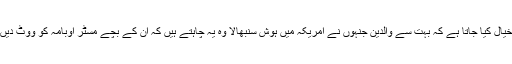
خیال کیا جاتا ہے کہ بہت سے والدین جنہوں نے امریکہ میں ہوش سنبھالا وہ یہ چاہتے ہیں کہ اُن کے بچے مسٹر اوبامہ کو ووٹ دیں۔